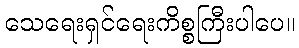
သေရေးရှင်ရေးကိစ္စကြီးပါပေ။